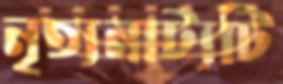
নৃত্যনাট্যটি